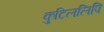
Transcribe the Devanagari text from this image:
कुटिललिपि